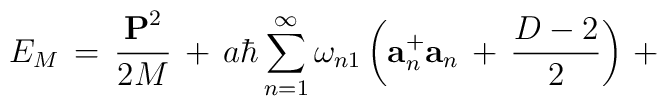
E_{M}\,=\,\frac{{\bf P}^2}{2M}\,+\,a\hbar\sum_{n=1}^{\infty}\omega_{n1}\left({\bf a}^{+}_{n}{\bf a}_n\,+\,\frac{D-2}{2}\right)\,+